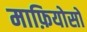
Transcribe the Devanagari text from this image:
माफ़ियोसो